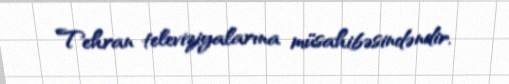
Tehran televiziyalarına müsahibəsindəndir.